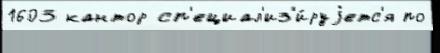
1603 кантор сп'ециал'из'и́руjетс'я по